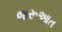
જરૂઆત